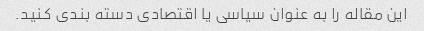
این مقاله را به عنوان سیاسی یا اقتصادی دسته بندی کنید.